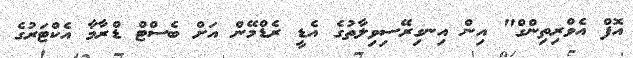
އޮފް އެވްރިތިންގް" އިން އިނގިރޭސިވިލާތުގެ އެޑީ ރެޑްމޭން އަށް ބެސްޓް ޑްރާމާ އެކްޓަރުގެ